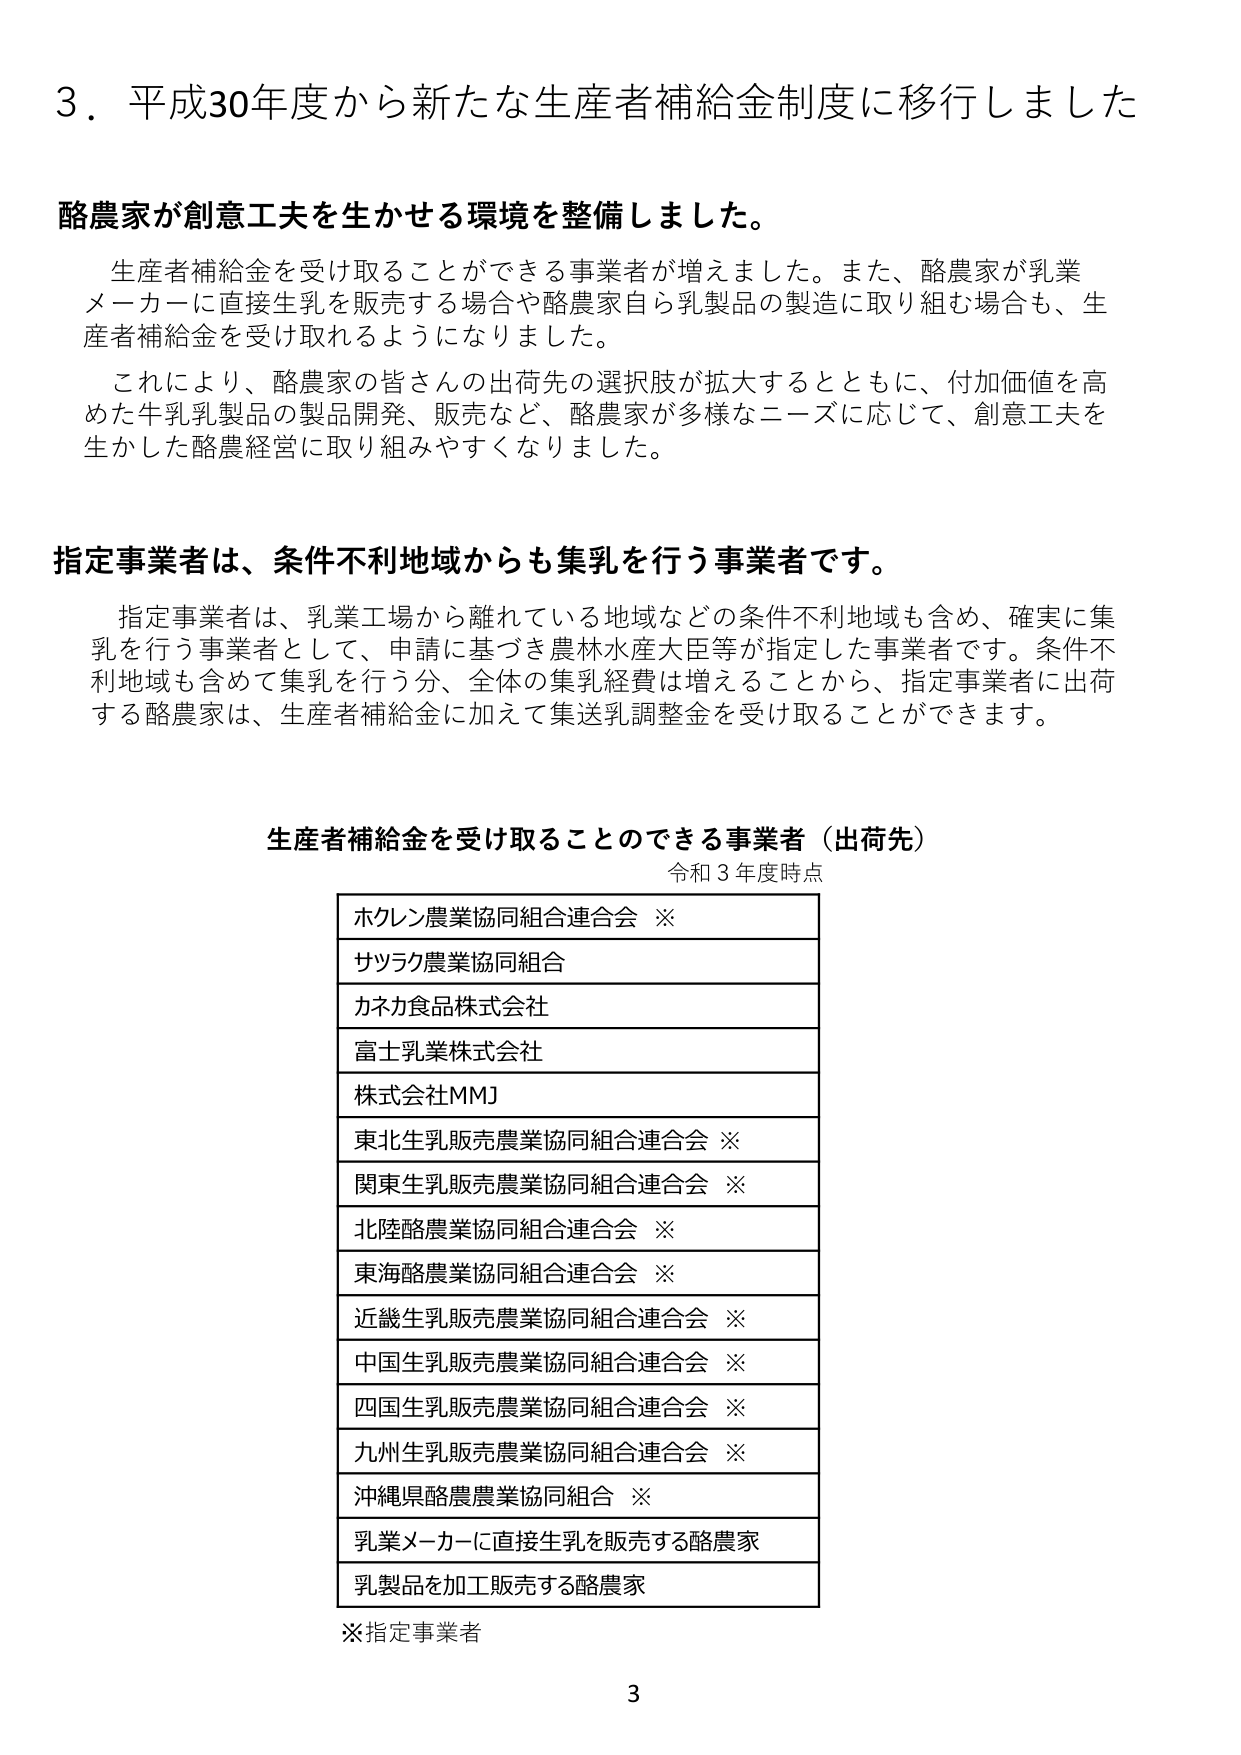
3．平成30年度から新たな生産者補給金制度に移行しました

酪農家が創意工夫を生かせる環境を整備しました。

生産者補給金を受け取ることができる事業者が増えました。また、酪農家が乳業メーカーに直接生乳を販売する場合や酪農家自ら乳製品の製造に取り組む場合も、生産者補給金を受け取れるようになりました。

これにより、酪農家の皆さんの出荷先の選択肢が拡大するとともに、付加価値を高めた牛乳乳製品の製品開発、販売など、酪農家が多様なニーズに応じて、創意工夫を生かした酪農経営に取り組みやすくなりました。

指定事業者は、条件不利地域からも集乳を行う事業者です。

指定事業者は、乳業工場から離れている地域などの条件不利地域も含め、確実に集乳を行う事業者として、申請に基づき農林水産大臣等が指定した事業者です。条件不利地域も含めて集乳を行う分、全体の集乳経費は増えることから、指定事業者に出荷する酪農家は、生産者補給金に加えて集送乳調整金を受け取ることができます。

生産者補給金を受け取ることのできる事業者（出荷先）
令和3年度時点

ホクレン農業協同組合連合会 ※
サツラク農業協同組合
カネカ食品株式会社
富士乳業株式会社
株式会社MMJ
東北生乳販売農業協同組合連合会 ※
関東生乳販売農業協同組合連合会 ※
北陸酪農業協同組合連合会 ※
東海酪農業協同組合連合会 ※
近畿生乳販売農業協同組合連合会 ※
中国生乳販売農業協同組合連合会 ※
四国生乳販売農業協同組合連合会 ※
九州生乳販売農業協同組合連合会 ※
沖縄県酪農業協同組合 ※
乳業メーカーに直接生乳を販売する酪農家
乳製品を加工販売する酪農家

※指定事業者

3